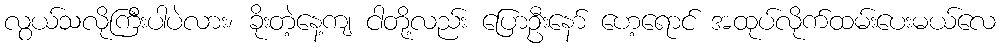
လွယ်သလိုကြီးပါပဲလား၊ ခိုးတဲ့နေ့ကျ ငါတို့လည်း ပြောဦးနော် ဟေ့ရောင် အထုပ်လိုက်ထမ်းပေးမယ်လေ